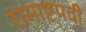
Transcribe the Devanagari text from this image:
रामाष्टपदी